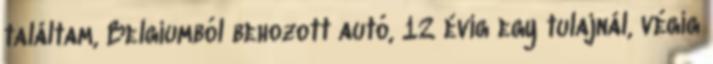
találtam, Belgiumból behozott autó, 12 évig egy tulajnál, végig